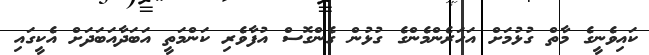
ކައިވެނީގެ މާތް ގުޅުމަށް އަހަރެންމެންގެ ގުޅުން ގެންގޮސް އުފާވެރި ކަންމަތީ އަބަދާއަބަދަށް އެކީގައި